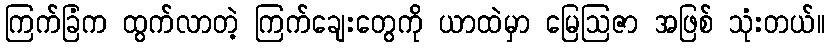
ကြက်ခြံက ထွက်လာတဲ့ ကြက်ချေးတွေကို ယာထဲမှာ မြေဩဇာ အဖြစ် သုံးတယ်။